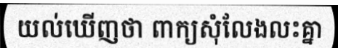
យល់ឃើញថា ពាក្យសុំលែងលះគ្នា